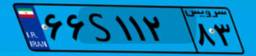
۶۶S۱۱۲۸۳